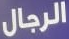
الرجال